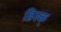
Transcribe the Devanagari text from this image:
डिस्क्